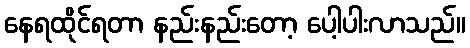
နေရထိုင်ရတာ နည်းနည်းတော့ ပေါ့ပါးလာသည်။